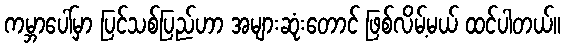
ကမ္ဘာပေါ်မှာ ပြင်သစ်ပြည်ဟာ အများဆုံးတောင် ဖြစ်လိမ့်မယ် ထင်ပါတယ်။